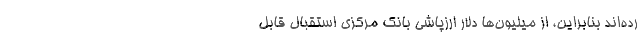
رده‌اند بنابراین، از میلیون‌ها دلار ارزپاشی بانک مرکزی استقبال قابل